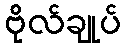
ဗိုလ်ချုပ်